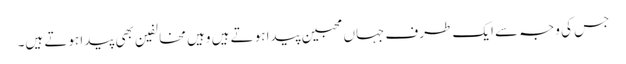
جس کی وجہ سے ایک طرف جہاں محبین پیدا ہوتے ہیں وہیں مخالفین بھی پیدا ہوتے ہیں۔